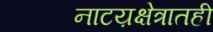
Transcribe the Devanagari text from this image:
नाटय़क्षेत्रातही